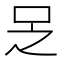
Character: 𠯣